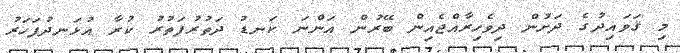
މި ޤަވައިދުގެ ދަށުން ދިވެހިރާއްޖެއިން ބޭރުން އަންނަ ކަނޑު ދަތުރުފަތުރު ކުރާ އުޅަނދުފަހަރު